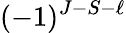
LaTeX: (-1)^{J-S-\ell}